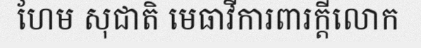
ហែម សុជាតិ មេធាវីការពារក្តីលោក